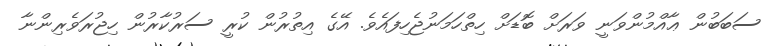
ސަބަބުން ޢާއްމުންވަނީ ވަރަށް ބޮޑަށް ހިތްހަމަނުޖެހިފައެވެ. އޭގެ އިތުރުން ކުރީ ސަރުކާރުން ހިޖުރަވެރިންނާ